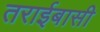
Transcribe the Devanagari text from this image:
तराईबासी